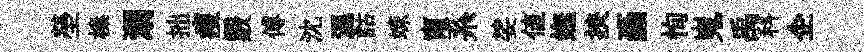
塋榛溺拙瘦覈傅沈濕詁竦甯系娑値嫵挾画恂嵬禹科企